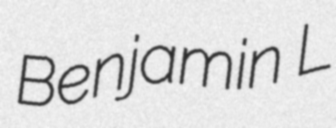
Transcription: Benjamin L